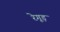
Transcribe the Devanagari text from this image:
रेगूड़